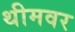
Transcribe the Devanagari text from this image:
थीमवर